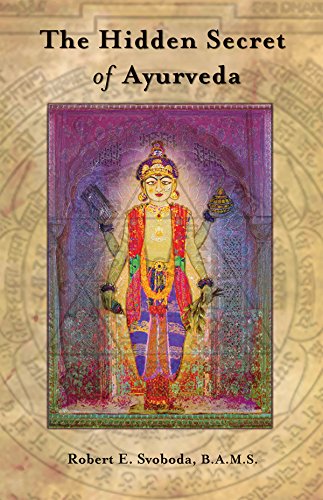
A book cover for The Hidden Secret of Ayurveda; Robert E. Svoboda; Health, Fitness & Dieting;